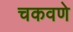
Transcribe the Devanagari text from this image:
चकवणे